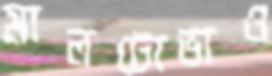
মালটোভাও